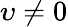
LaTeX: \upsilon\neq 0